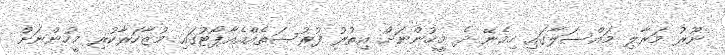
ނޫރު މަރާލި މައްސަލާގައި ހިމެނޭ ދެ މީހުންނަށް އިތުރު ފުރުސަތެއްއެއާޕޯޓުގައި މުޒާހަރާކުރި މީހުންނަށް